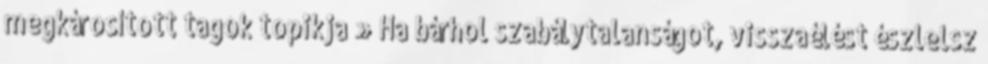
megkárosított tagok topikja » Ha bárhol szabálytalanságot, visszaélést észlelsz